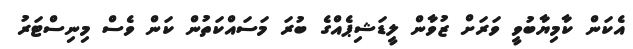
އެކަން ކާމިޔާބުވީ ވަރަށް ޒުވާން ލީޑަޝިޕެއްގެ ބުރަ މަސައްކަތުން ކަން ވެސް މިނިސްޓަރު